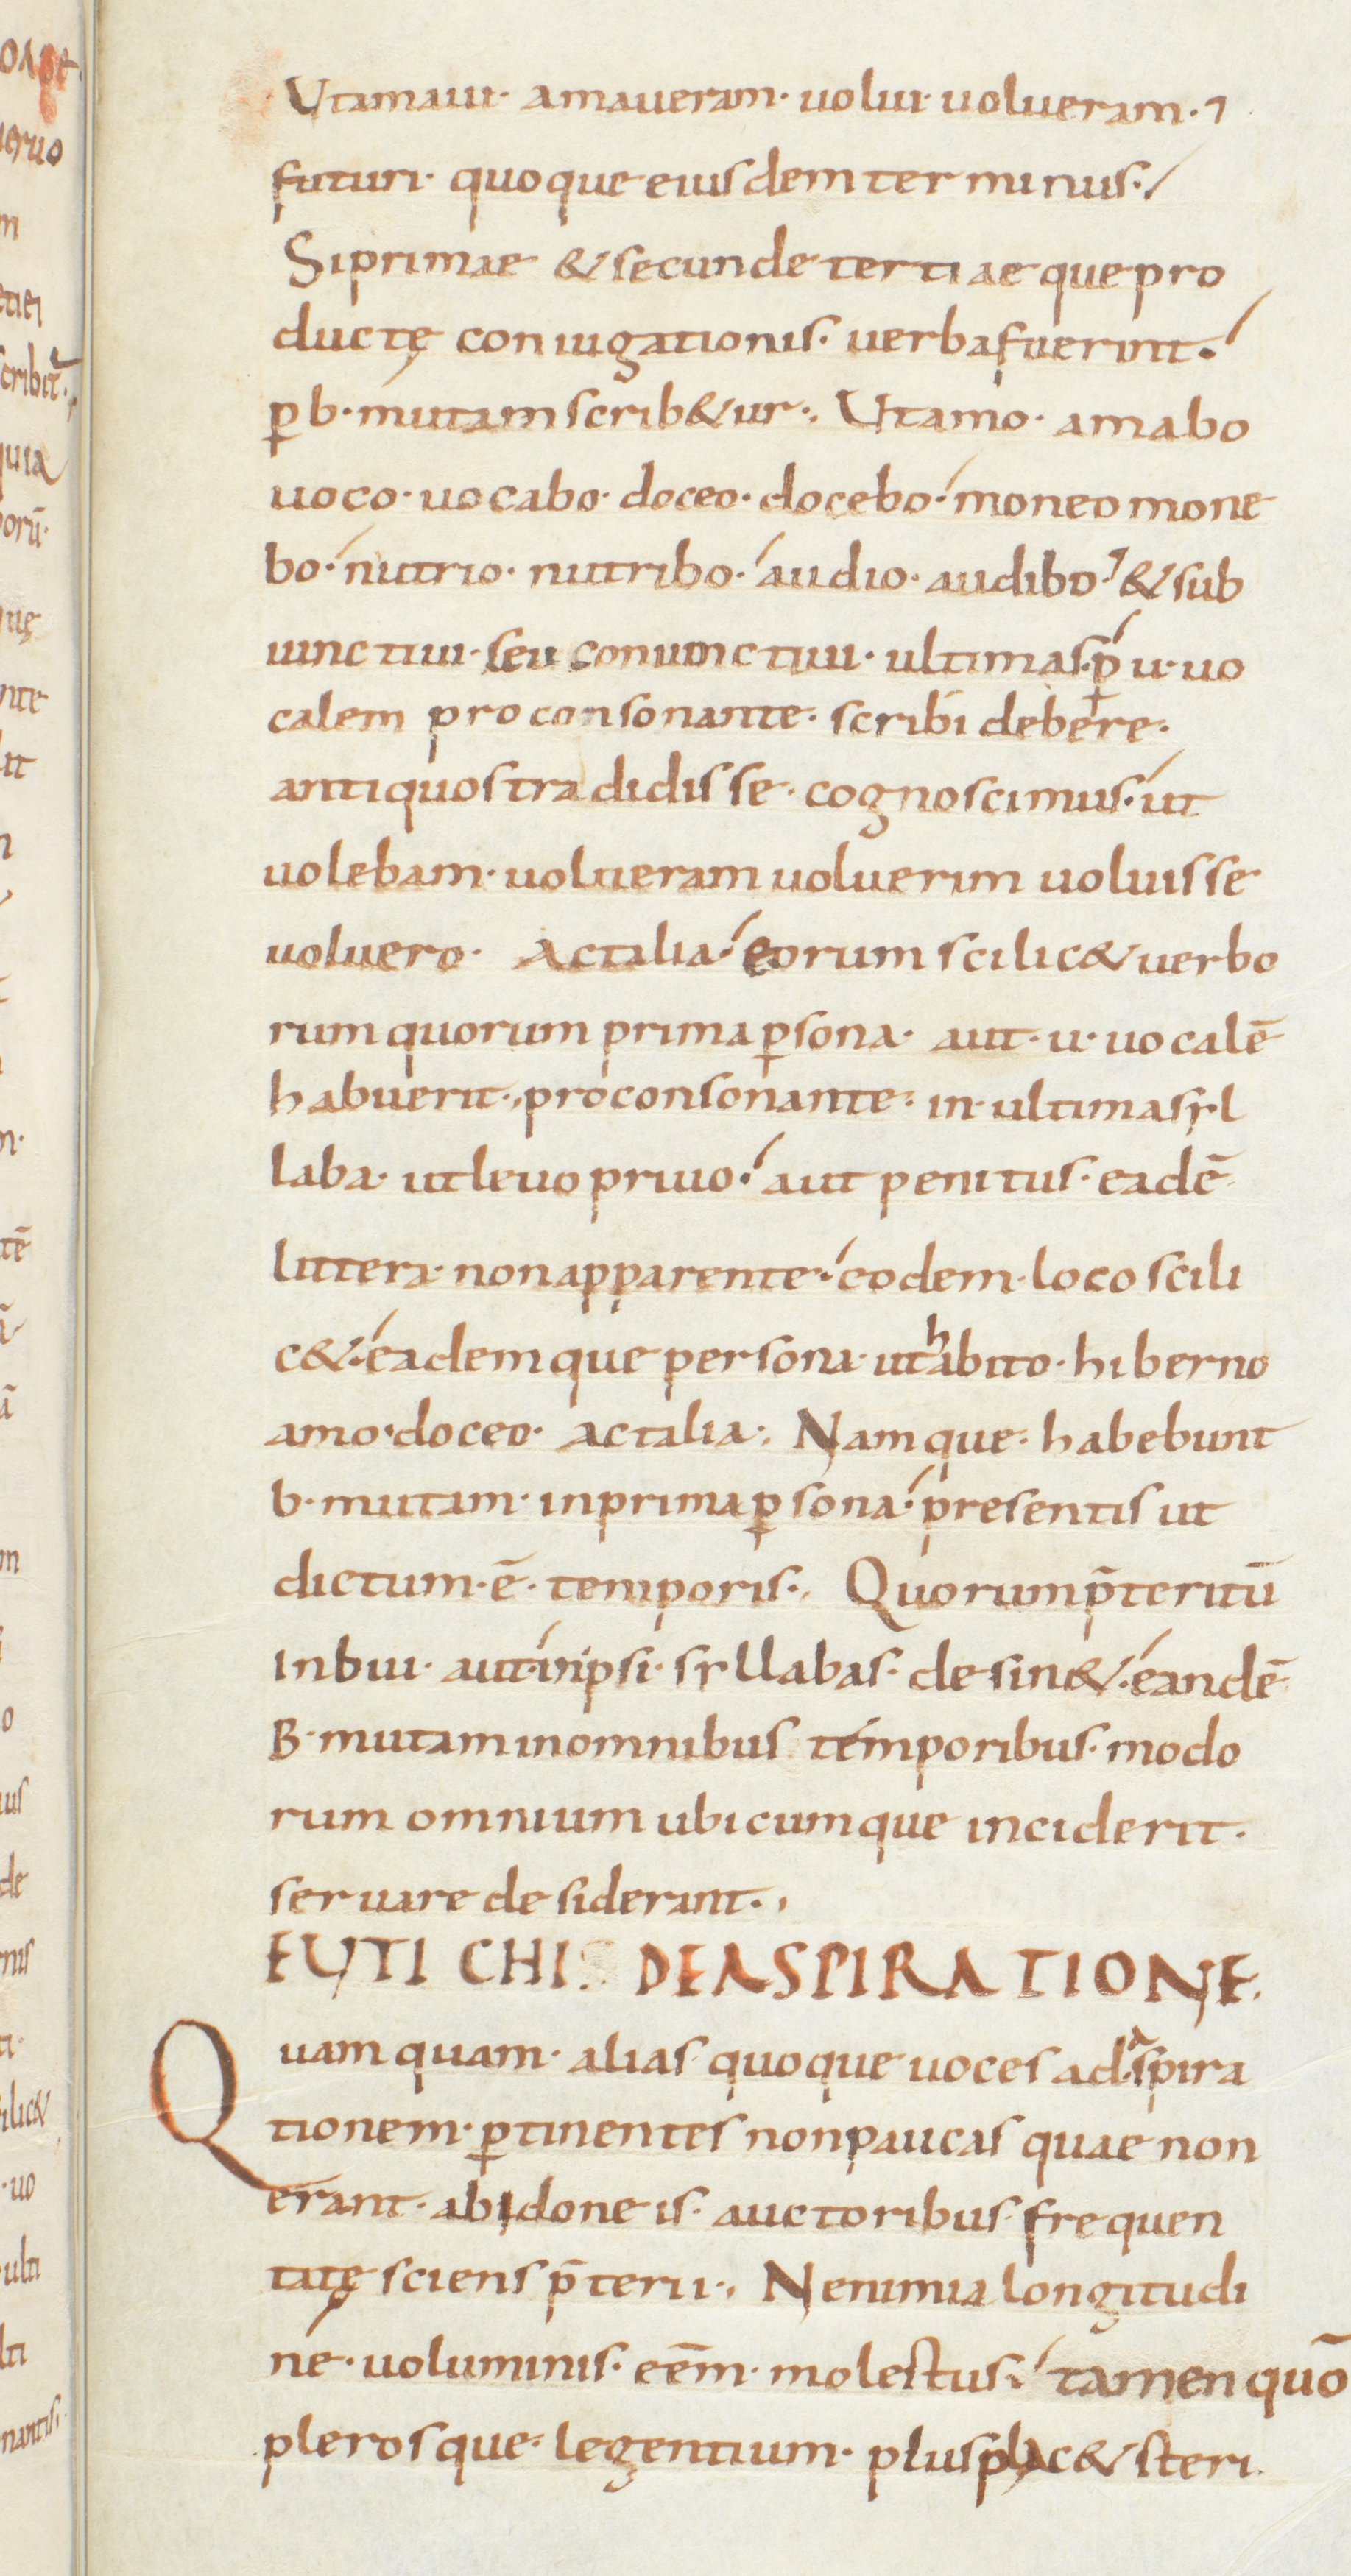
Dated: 850–899